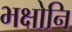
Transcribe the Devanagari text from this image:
भक्षोनि